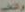
والخير